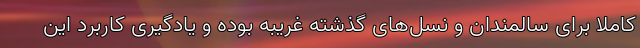
کاملا برای سالمندان و نسل‌های گذشته غریبه بوده و یادگیری کاربرد این